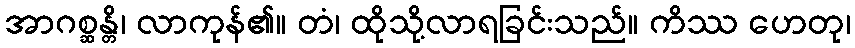
အာဂစ္ဆန္တိ၊ လာကုန်၏။ တံ၊ ထိုသို့လာရခြင်းသည်။ ကိဿ ဟေတု၊